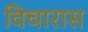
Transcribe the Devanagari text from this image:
विचारास